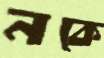
নকে